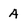
Character: A